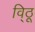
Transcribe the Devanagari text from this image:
वि्ठू